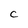
Character: c